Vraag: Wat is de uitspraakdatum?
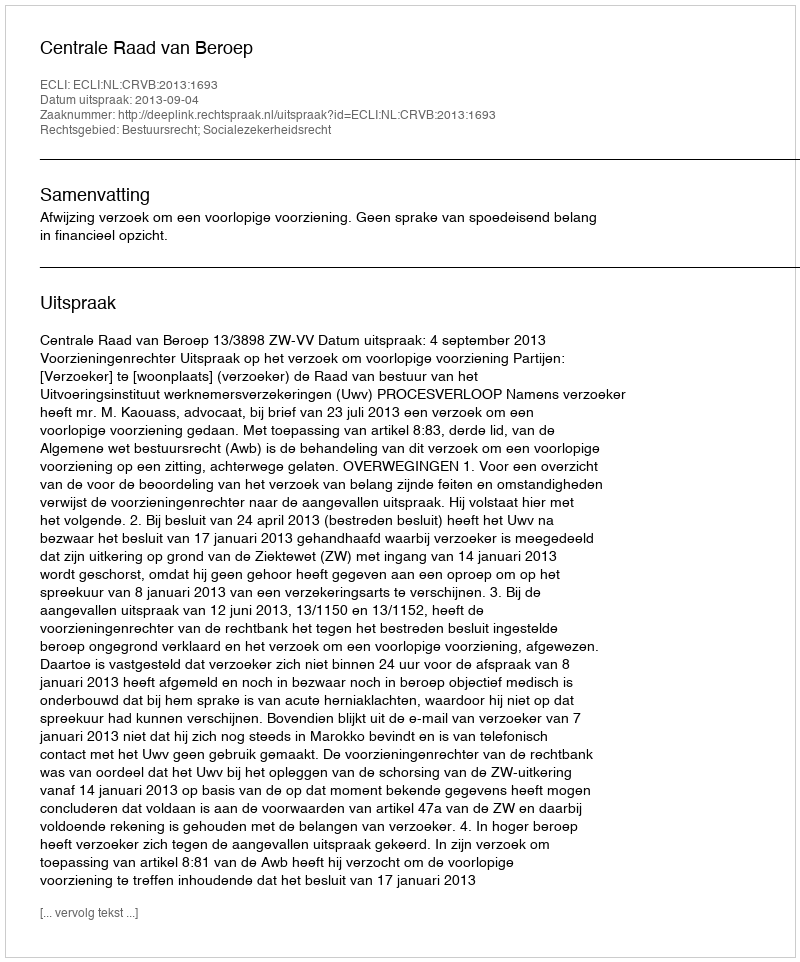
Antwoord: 2013-09-04